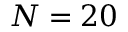
N = 2 0